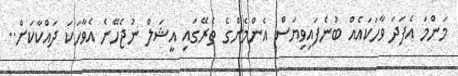
މަންމަ އެފަދަ ވާހަކައެއް ބުނެފައިވިޔަސް އެންމެންގެ ތެރޭގައި އީޝަލް ނުޖެހޭނެ އެވާހަކަ ދައްކާކަށް..